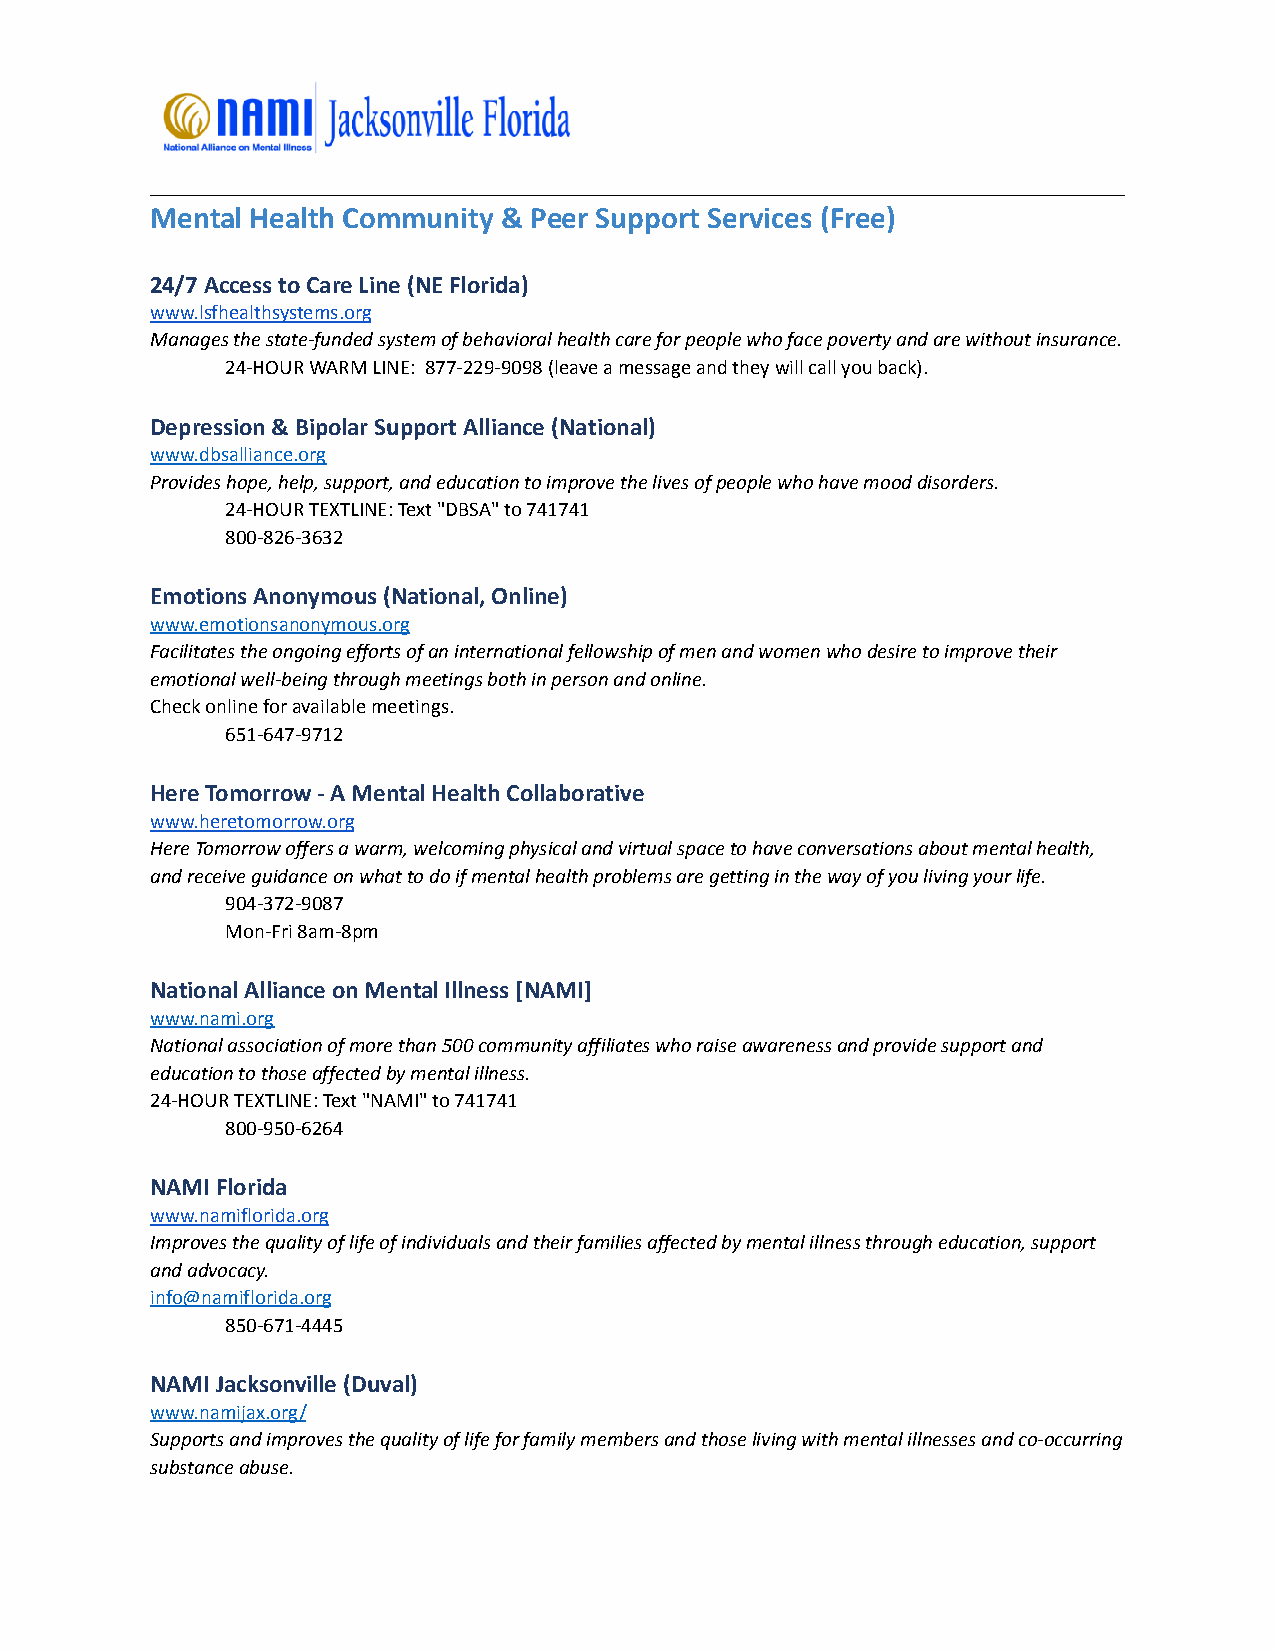
Mental Health Community & Peer Support Services (Free)
 24/7 Access to Care Line (NE Florida)
 www.lsfhealthsystems.org
 Manages the state-funded system of behavioral health care for people who face poverty and are without insurance.
 24-HOUR WARM LINE: 877-229-9098 (leave a message and they will call you back).
 Depression & Bipolar Support Alliance (National)
 www.dbsalliance.org
 Provides hope, help, support, and education to improve the lives of people who have mood disorders.
 24-HOUR TEXTLINE: Text "DBSA" to 741741
 800-826-3632
 Emotions Anonymous (National, Online)
 www.emotionsanonymous.org
 Facilitates the ongoing efforts of an international fellowship of men and women who desire to improve their
 emotional well-being through meetings both in person and online.
 Check online for available meetings.
 651-647-9712
 Here Tomorrow - A Mental Health Collaborative
 www.heretomorrow.org
 Here Tomorrow offers a warm, welcoming physical and virtual space to have conversations about mental health,
 and receive guidance on what to do if mental health problems are getting in the way of you living your life.
 904-372-9087
 Mon-Fri 8am-8pm
 National Alliance on Mental Illness [NAMI]
 www.nami.org
 National association of more than 500 community affiliates who raise awareness and provide support and
 education to those affected by mental illness.
 24-HOUR TEXTLINE: Text "NAMI" to 741741
 800-950-6264
 NAMI Florida
 www.namiflorida.org
 Improves the quality of life of individuals and their families affected by mental illness through education, support
 and advocacy.
 info@namiflorida.org
 850-671-4445
 NAMI Jacksonville (Duval)
 www.namijax.org/
 Supports and improves the quality of life for family members and those living with mental illnesses and co-occurring
 substance abuse.